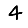
Digit: 4